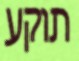
תוקע